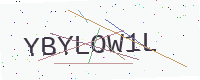
Text: YBYLOW1L